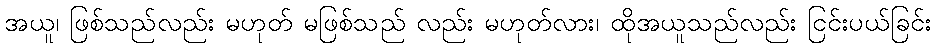
အယူ၊ ဖြစ်သည်လည်း မဟုတ် မဖြစ်သည် လည်း မဟုတ်လား၊ ထိုအယူသည်လည်း ငြင်းပယ်ခြင်း